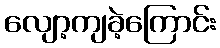
လျော့ကျခဲ့ကြောင်း